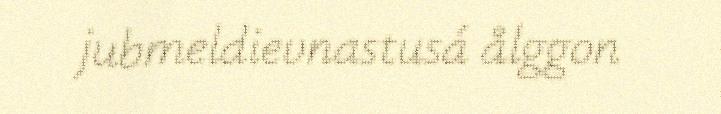
jubmeldievnastusá ålggon